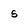
Character: s